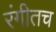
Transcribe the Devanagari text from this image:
रंगीतच